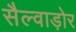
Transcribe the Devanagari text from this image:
सैल्वाड़ोर